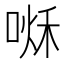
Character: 𠷘